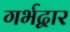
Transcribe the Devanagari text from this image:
गर्भद्वार